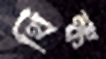
থিঙ্ক